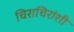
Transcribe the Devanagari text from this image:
चिराचिरांशी